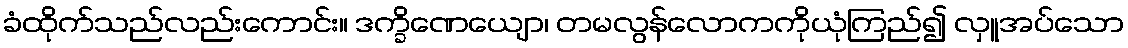
ခံထိုက်သည်လည်းကောင်း။ ဒက္ခိဏေယျော၊ တမလွန်လောကကိုယုံကြည်၍ လှူအပ်သော